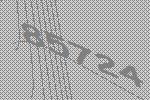
85724